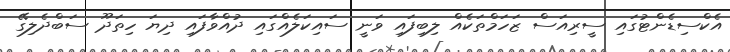
އެކްސިޑެންޓުގައި ސީރިއަސް ޒަހަމްތަކެއް ލިބިފައި ވަނީ ސައިކަލެއްގައި ދުއްވާފައި ދިޔަ ހިތަދޫ ސަބްދެލިގޭ